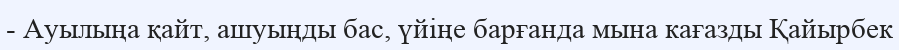
- Ауылыңа қайт, ашуыңды бас, үйіңе барғанда мына кағазды Қайырбек